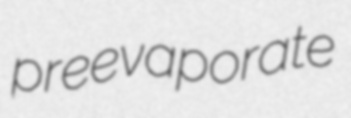
preevaporate